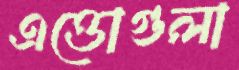
এত্তোগুলা